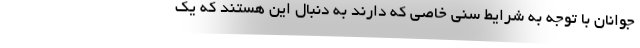
جوانان با توجه به شرایط سنی خاصی که دارند به دنبال این هستند که یک